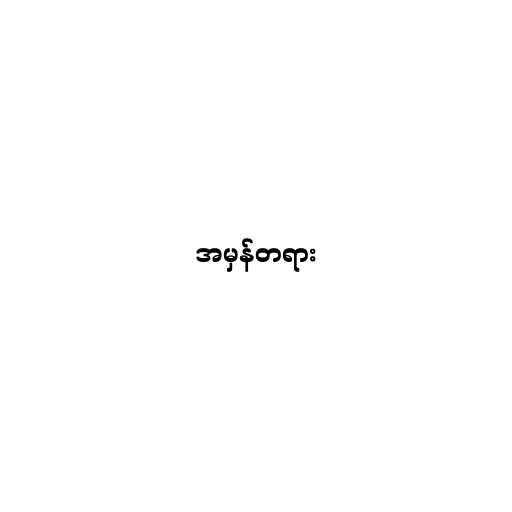
အမှန်တရား